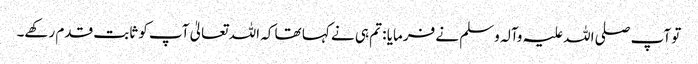
تو آپ صلی اللہ علیہ وآلہ وسلم نے فرمایا : تم ہی نے کہا تھا کہ اللہ تعالیٰ آپ کو ثابت قدم رکھے۔